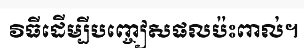
វិធីដើម្បីបញ្ចៀសផលប៉ះពាល់។